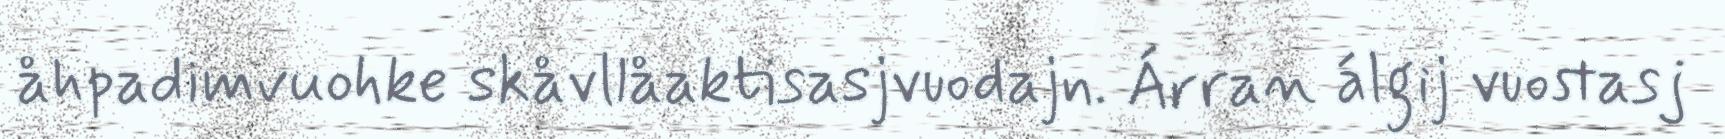
åhpadimvuohke skåvllåaktisasjvuodajn. Árran álgij vuostasj